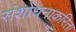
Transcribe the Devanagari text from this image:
संशोधनाकरिता